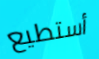
أستطيع